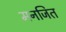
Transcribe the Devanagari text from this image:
मनजित